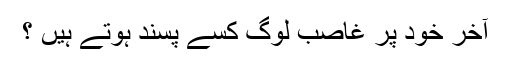
آخر خود پر غاصب لوگ کسے پسند ہوتے ہیں ؟